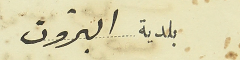
بلدية البترون